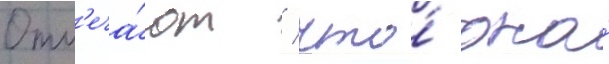
Отм'еча́ют / что́ она́